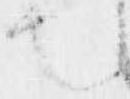
也